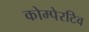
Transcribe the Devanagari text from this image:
कोम्पेरटिव